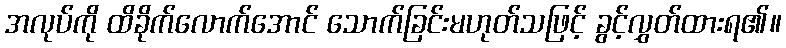
အလုပ်ကို ထိခိုက်လောက်အောင် သောက်ခြင်းမဟုတ်သဖြင့် ခွင့်လွှတ်ထားရ၏။